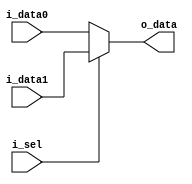
module mux2
(
	output						o_data,
	input						i_data0,
	input						i_data1,
	input						i_sel
);

	assign o_data = i_sel ? i_data1 : i_data0;

endmodule